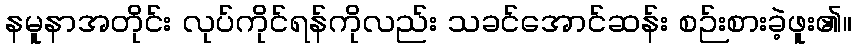
နမူနာအတိုင်း လုပ်ကိုင်ရန်ကိုလည်း သခင်အောင်ဆန်း စဉ်းစားခဲ့ဖူး၏။